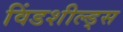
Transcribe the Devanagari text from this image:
विंडशील्ड्स